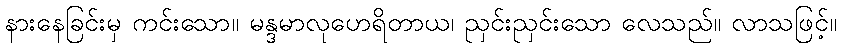
နားနေခြင်းမှ ကင်းသော။ မန္ဒမာလုဟေရိတာယ၊ ညှင်းညှင်းသော လေသည်။ လာသဖြင့်။